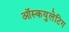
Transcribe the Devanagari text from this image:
ऑस्कयुलेटिग